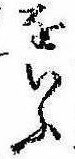
をいふ